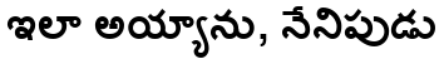
ఇలా అయ్యాను, నేనిపుడు